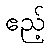
ဧည့်